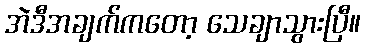
အဲဒီအချက်ကတော့ သေချာသွားပြီ။